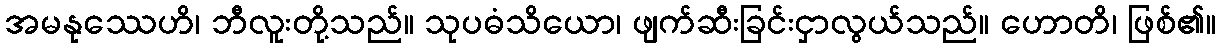
အမနုဿေဟိ၊ ဘီလူးတို့သည်။ သုပဓံသိယော၊ ဖျက်ဆီးခြင်းငှာလွယ်သည်။ ဟောတိ၊ ဖြစ်၏။